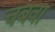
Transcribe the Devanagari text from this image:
चबवा